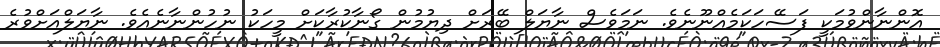
އޮންނާންވުމަކީ ފަސޭހަކަމެއްނޫނެވެ. ނަމަވެސް ނާޔަލް ބޭރަށް ދިޔުމުން ގޯނާކުރާކަށް މީހަކު ނުހުންނާނެއެވެ. ނާޔަލްއަށްވުރެ